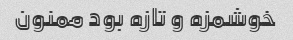
خوشمزه و تازه بود ممنون